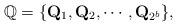
LaTeX: \begin{align*}\mathbb{Q}=\{\mathbf{Q}_1,\mathbf{Q}_2,\cdots,\mathbf{Q}_{2^b}\},\end{align*}